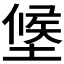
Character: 𭏑